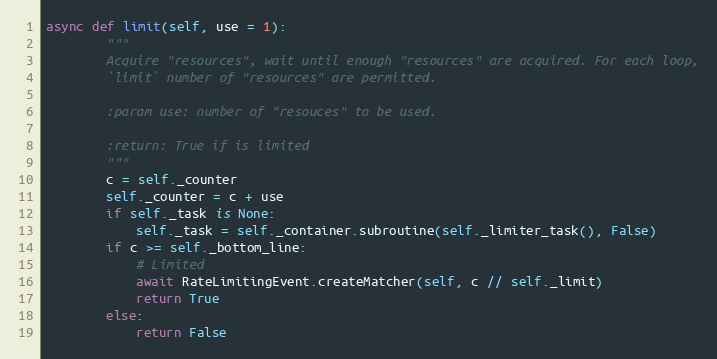
Language: Python
async def limit(self, use = 1):
        """
        Acquire "resources", wait until enough "resources" are acquired. For each loop,
        `limit` number of "resources" are permitted.

        :param use: number of "resouces" to be used.

        :return: True if is limited
        """
        c = self._counter
        self._counter = c + use
        if self._task is None:
            self._task = self._container.subroutine(self._limiter_task(), False)
        if c >= self._bottom_line:
            # Limited
            await RateLimitingEvent.createMatcher(self, c // self._limit)
            return True
        else:
            return False